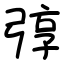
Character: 弴